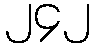
၂၄၂